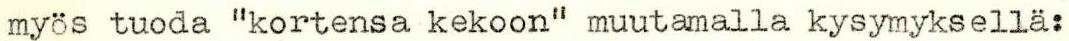
myös tuoda "kortensa kekoon" muutamalla kysymyksellä: